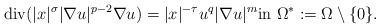
LaTeX: \begin{align*} {\rm div} (|x|^{\sigma}|\nabla u|^{p-2} \nabla u)= |x|^{-\tau} u^q |\nabla u|^m \mathrm{in } \ \Omega^*:= \Omega \setminus \{ 0 \}. \end{align*}